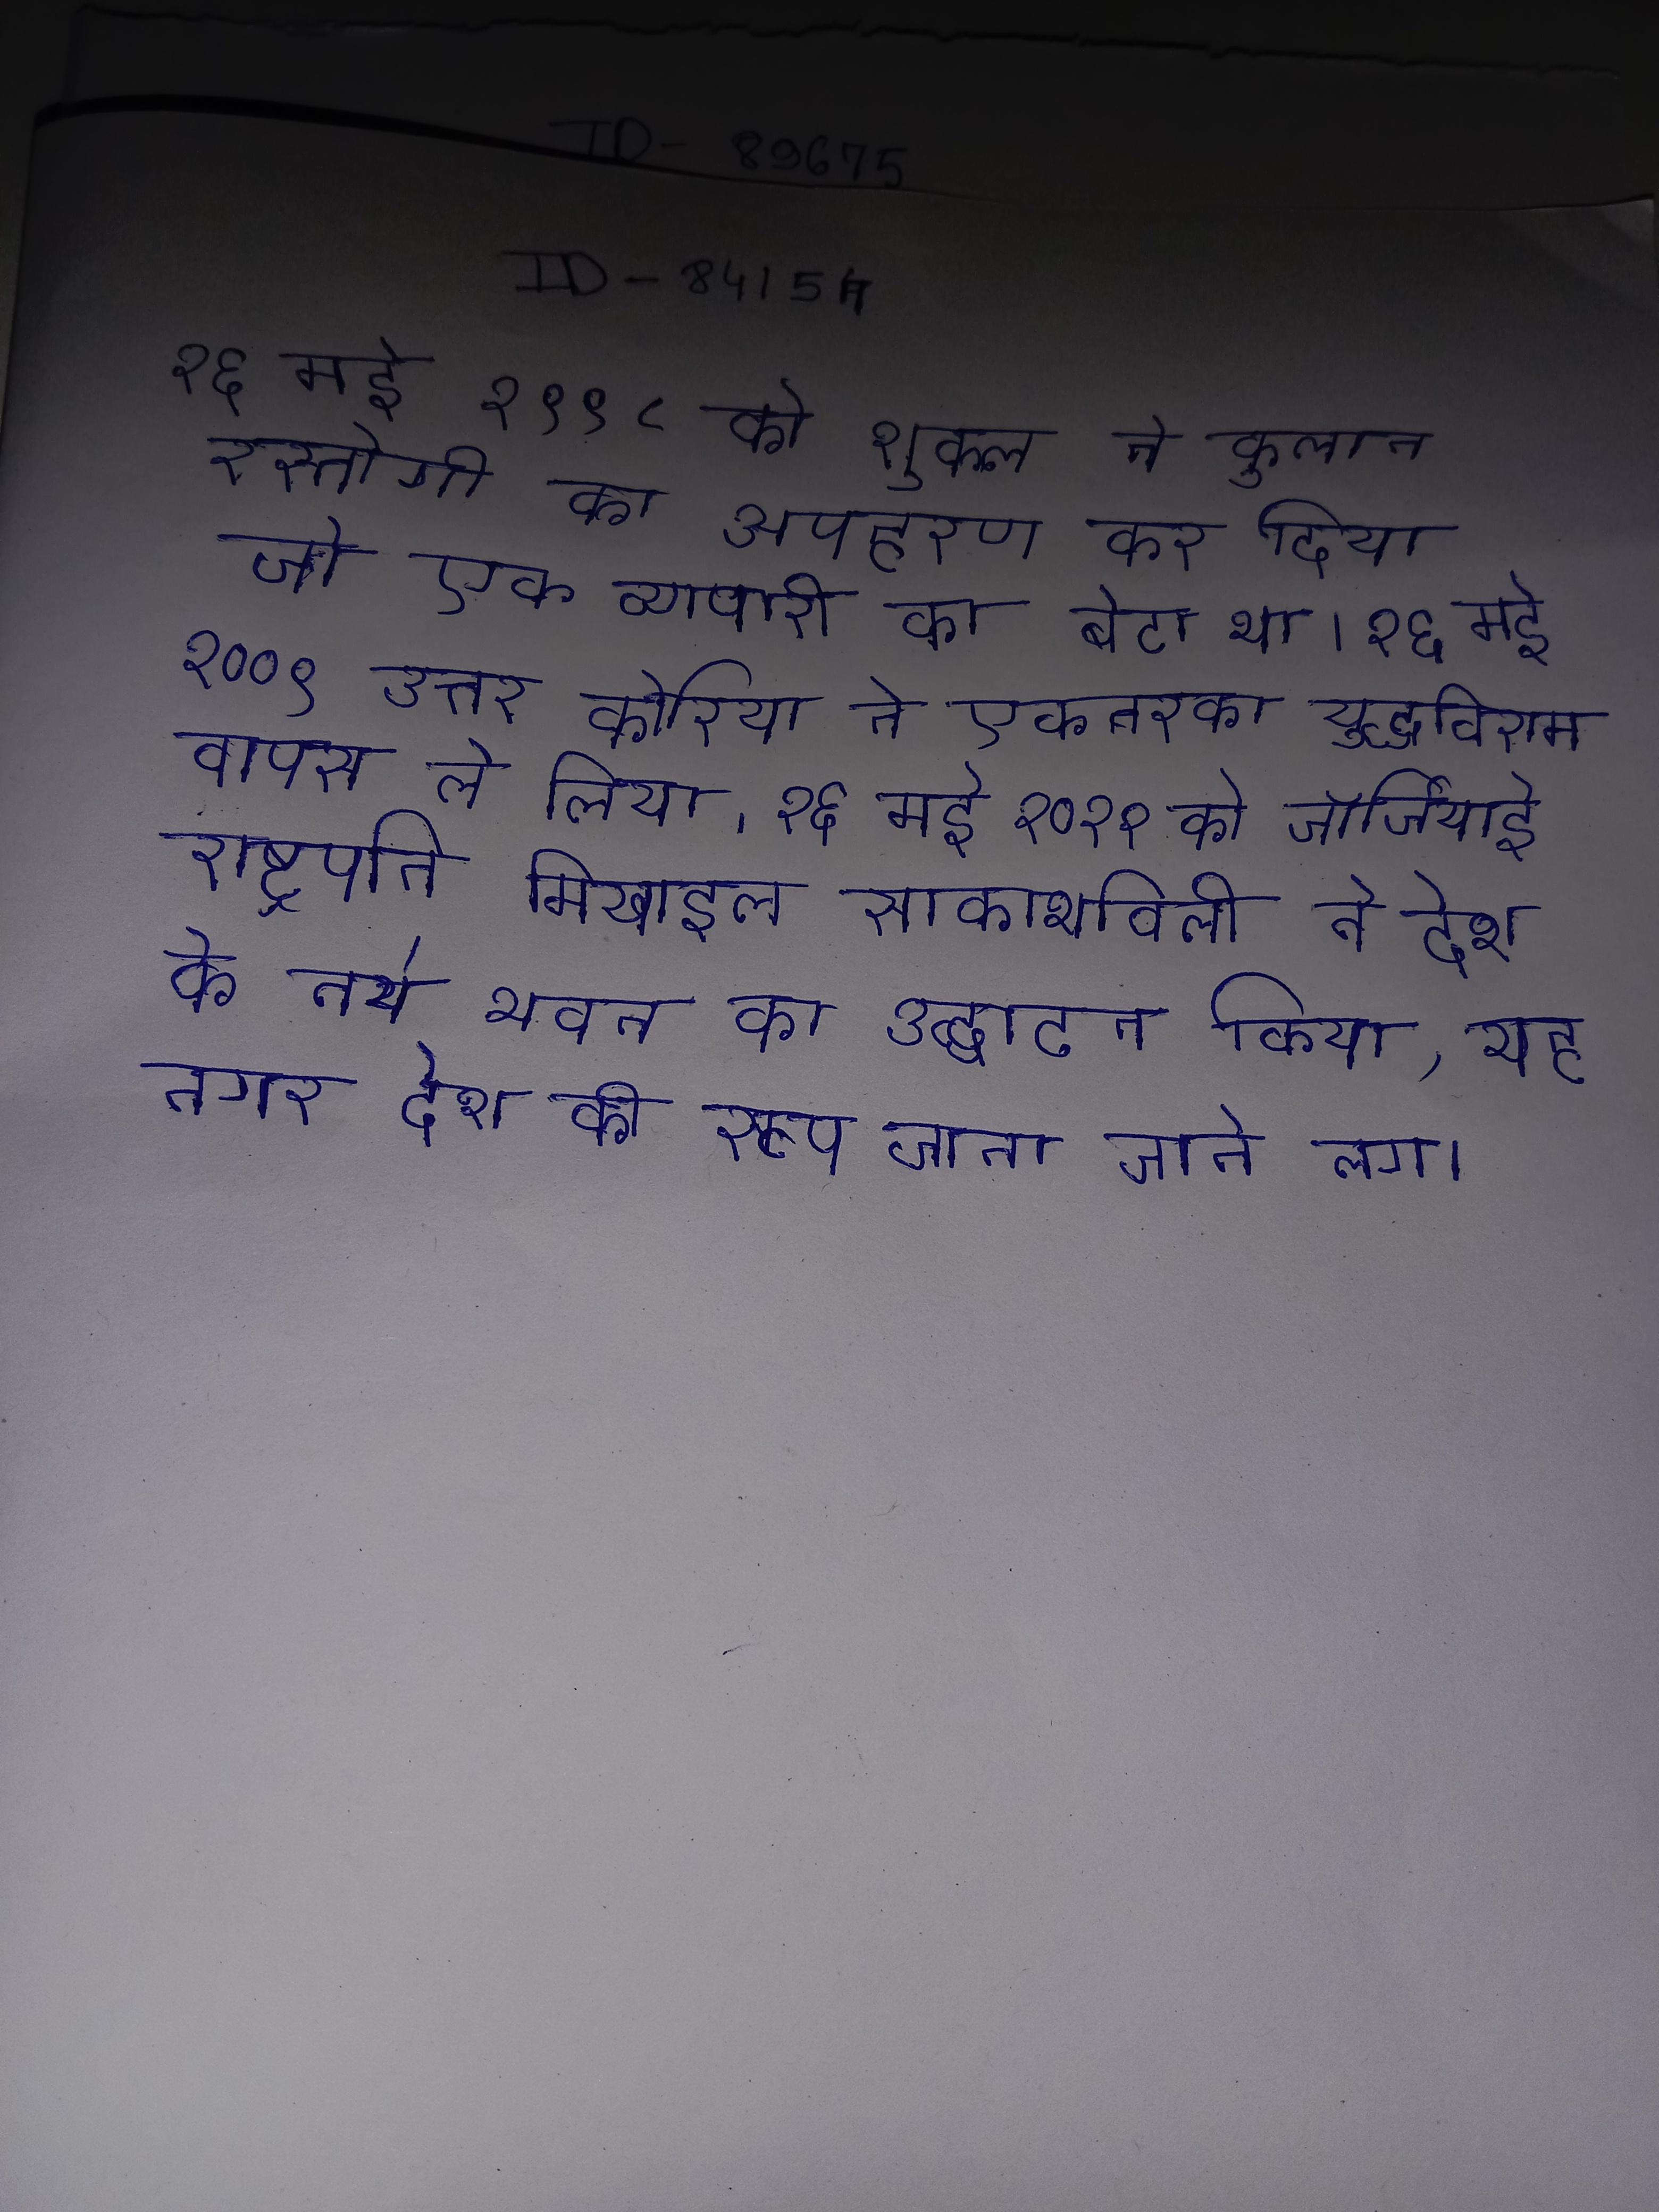
२६ मई १९९८ को शुक्ल ने कुनाल रस्तोगी का अपहरण कर दिया जो एक व्यापारी का बेटा था । २६ मई २००९ उत्तर कोरिया ने एकतरफा युद्धविराम वापस ले लिया । २६ मई २०१२ को जॉर्जियाई राष्ट्रपति मिखाइल साकाशविली ने देश के नये भवन का उद्घाटन किया, तबसे यह नगर देश की विधायी राजधानी के रूप जाना जाने लगा ।